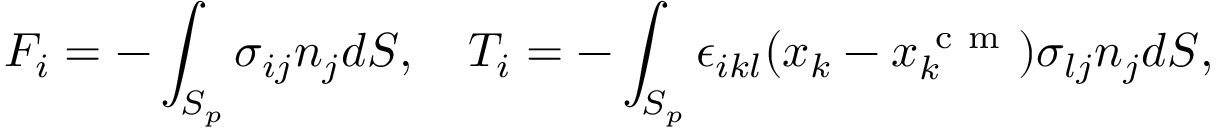
F _ { i } = - \int _ { S _ { p } } \sigma _ { i j } n _ { j } d S , \quad T _ { i } = - \int _ { S _ { p } } \epsilon _ { i k l } ( x _ { k } - x _ { k } ^ { \mathrm { ~ c ~ m ~ } } ) \sigma _ { l j } n _ { j } d S ,